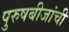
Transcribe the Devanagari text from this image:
पुरुषबीजांची